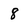
Character: 8